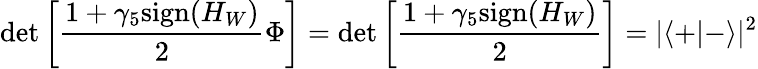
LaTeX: \operatorname*{det}\left[\frac{1+\gamma_{5}\mathrm{sign}{(H_{W})}}{2}\Phi\right]=\operatorname*{det}\left[\frac{1+\gamma_{5}\mathrm{sign}{(H_{W})}}{2}\right]=|\langle+|-\rangle|^{2}